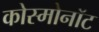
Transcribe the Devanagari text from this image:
कोस्मोनॉट